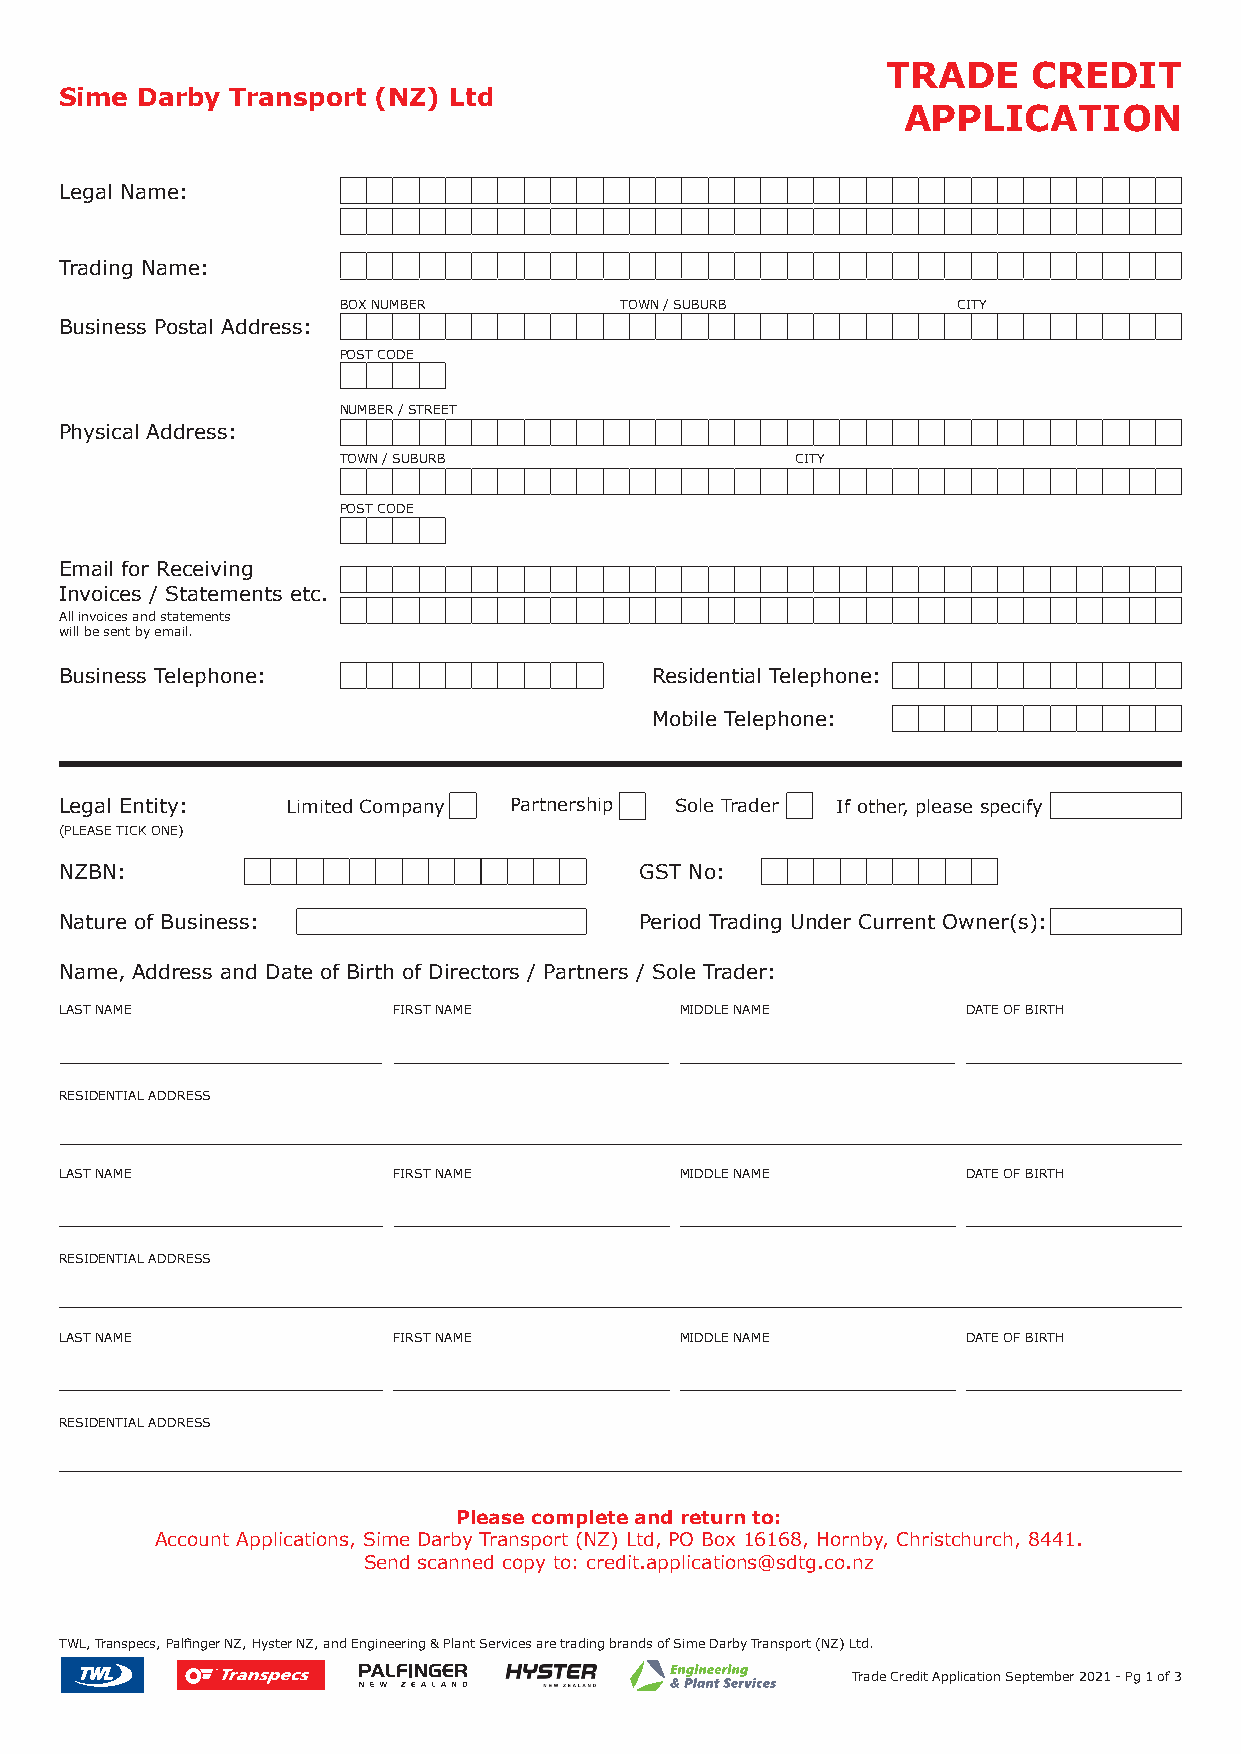
TRADE    CREDIT
 Sime Darby Transport (NZ) Ltd
 APPLICATION
 Legal Name:
 Trading Name:
 BOX NUMBER         TOWN / SUBURB         CITY
 Business Postal Address:
 POST CODE
 NUMBER / STREET
 Physical Address:
 TOWN / SUBURB                  CITY
 POST CODE
 Email for Receiving
 Invoices / Statements etc.
 All invoices and statements
 will be sent by email.
 Business Telephone:                    Residential Telephone:
 Mobile Telephone:
 Legal Entity:  Limited Company Partnership Sole Trader If other, please specify
 (PLEASE TICK ONE)
 NZBN:                                 GST No:
 Nature of Business:                   Period Trading Under Current Owner(s):
 Name, Address and Date of Birth of Directors / Partners / Sole Trader:
 LAST NAME             FIRST NAME         MIDDLE NAME        DATE OF BIRTH
 RESIDENTIAL ADDRESS
 LAST NAME             FIRST NAME         MIDDLE NAME        DATE OF BIRTH
 RESIDENTIAL ADDRESS
 LAST NAME             FIRST NAME         MIDDLE NAME        DATE OF BIRTH
 RESIDENTIAL ADDRESS
 Please complete and return to:
 Account Applications, Sime Darby Transport (NZ) Ltd, PO Box 16168, Hornby, Christchurch, 8441.
 Send scanned copy to: credit.applications@sdtg.co.nz
 TWL, Transpecs, Palfinger NZ, Hyster NZ, and Engineering & Plant Services are trading brands of Sime Darby Transport (NZ) Ltd.
 Trade Credit Application September 2021 - Pg 1 of 3